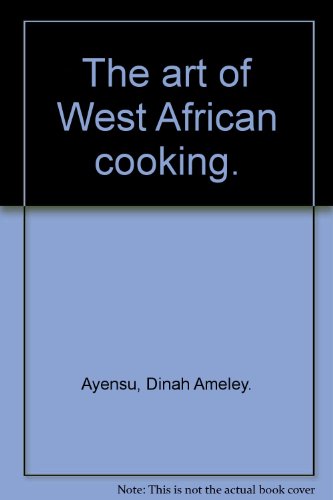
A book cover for The art of West African cooking.; Dinah Ameley. Ayensu; Cookbooks, Food & Wine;